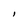
Character: l